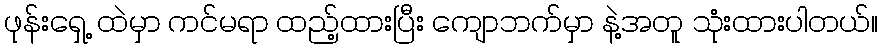
ဖုန်းရှေ့ ထဲမှာ ကင်မရာ ထည့်ထားပြီး ကျောဘက်မှာ နဲ့အတူ သုံးထားပါတယ်။